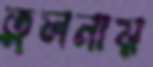
তুলনায়